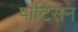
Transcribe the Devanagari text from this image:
पार्टिसन